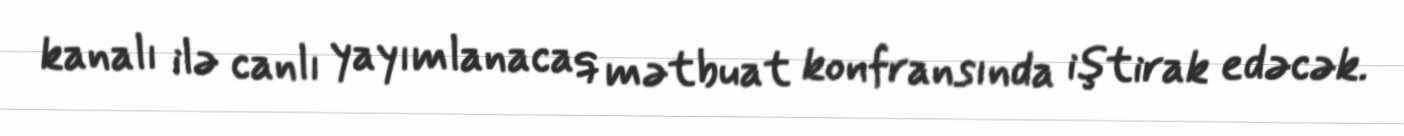
kanalı ilə canlı yayımlanacaq mətbuat konfransında iştirak edəcək.